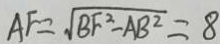
A F = \sqrt { B F ^ { 2 } - A B ^ { 2 } } = 8